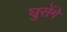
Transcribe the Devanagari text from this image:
घुसेंगे